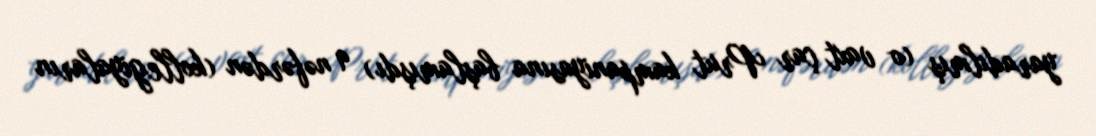
yaradılmış (o vaxt çar Prut kampaniyasına başlamışdı) 9 nəfərdən (kollegiyaların